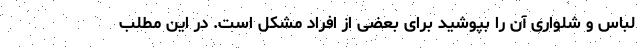
لباس و شلواری آن را بپوشید برای بعضی از افراد مشکل است. در این مطلب